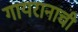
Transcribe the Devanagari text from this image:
गायरानाची